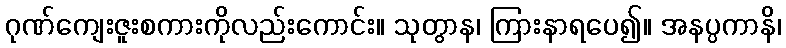
ဂုဏ်ကျေးဇူးစကားကိုလည်းကောင်း။ သုတွာန၊ ကြားနာရပေ၍။ အနပ္ပကာနိ၊